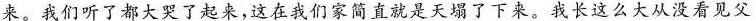
来。我们听了都大哭了起来，这在我们家简直就是天塌了下来。我长这么大从没看见父